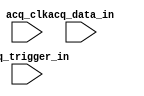
// megafunction wizard: %SignalTap II Logic Analyzer%VBB%
// GENERATION: STANDARD
// VERSION: WM1.0
// MODULE: sld_signaltap 

// ============================================================
// Megafunction Name(s):
// 			sld_signaltap
//
// Simulation Library Files(s):
// 			
// ============================================================
// ************************************************************
// THIS IS A WIZARD-GENERATED FILE. DO NOT EDIT THIS FILE!
//
// 13.1.0 Build 162 10/23/2013 SJ Full Version
// ************************************************************

//Copyright (C) 1991-2013 Altera Corporation
//Your use of Altera Corporation's design tools, logic functions 
//and other software and tools, and its AMPP partner logic 
//functions, and any output files from any of the foregoing 
//(including device programming or simulation files), and any 
//associated documentation or information are expressly subject 
//to the terms and conditions of the Altera Program License 
//Subscription Agreement, Altera MegaCore Function License 
//Agreement, or other applicable license agreement, including, 
//without limitation, that your use is for the sole purpose of 
//programming logic devices manufactured by Altera and sold by 
//Altera or its authorized distributors.  Please refer to the 
//applicable agreement for further details.

module fpga_training_stp (
	acq_clk,
	acq_data_in,
	acq_trigger_in);

	input	  acq_clk;
	input	[63:0]  acq_data_in;
	input	[63:0]  acq_trigger_in;

endmodule

// ============================================================
// CNX file retrieval info
// ============================================================
// Retrieval info: PRIVATE: DATA_WIDTH_SPIN STRING ""
// Retrieval info: PRIVATE: INTENDED_DEVICE_FAMILY STRING "Cyclone IV E"
// Retrieval info: PRIVATE: RAM_TYPE_COMBO STRING "Auto"
// Retrieval info: PRIVATE: SAMPLE_DEPTH_COMBO STRING "1 K"
// Retrieval info: PRIVATE: SLD_TRIGGER_OUT_ENABLED NUMERIC "0"
// Retrieval info: PRIVATE: TRIGGER_LEVELS_COMBO STRING "1"
// Retrieval info: PRIVATE: TRIGGER_WIDTH_SPIN STRING ""
// Retrieval info: LIBRARY: altera_mf altera_mf.altera_mf_components.all
// Retrieval info: CONSTANT: SLD_ADVANCED_TRIGGER_ENTITY STRING "basic,1,"
// Retrieval info: CONSTANT: SLD_DATA_BITS NUMERIC "64"
// Retrieval info: CONSTANT: SLD_DATA_BIT_CNTR_BITS NUMERIC "7"
// Retrieval info: CONSTANT: SLD_ENABLE_ADVANCED_TRIGGER NUMERIC "0"
// Retrieval info: CONSTANT: SLD_MEM_ADDRESS_BITS NUMERIC "10"
// Retrieval info: CONSTANT: SLD_NODE_CRC_BITS NUMERIC "32"
// Retrieval info: CONSTANT: SLD_NODE_CRC_HIWORD NUMERIC "14697"
// Retrieval info: CONSTANT: SLD_NODE_CRC_LOWORD NUMERIC "5412"
// Retrieval info: CONSTANT: SLD_NODE_INFO NUMERIC "1076736"
// Retrieval info: CONSTANT: SLD_RAM_BLOCK_TYPE STRING "AUTO"
// Retrieval info: CONSTANT: SLD_SAMPLE_DEPTH NUMERIC "1024"
// Retrieval info: CONSTANT: SLD_STORAGE_QUALIFIER_GAP_RECORD NUMERIC "0"
// Retrieval info: CONSTANT: SLD_STORAGE_QUALIFIER_MODE STRING "OFF"
// Retrieval info: CONSTANT: SLD_TRIGGER_BITS NUMERIC "64"
// Retrieval info: CONSTANT: SLD_TRIGGER_IN_ENABLED NUMERIC "0"
// Retrieval info: CONSTANT: SLD_TRIGGER_LEVEL NUMERIC "1"
// Retrieval info: CONSTANT: SLD_TRIGGER_LEVEL_PIPELINE NUMERIC "1"
// Retrieval info: USED_PORT: acq_clk 0 0 0 0 INPUT NODEFVAL "acq_clk"
// Retrieval info: USED_PORT: acq_data_in 0 0 64 0 INPUT NODEFVAL "acq_data_in[63..0]"
// Retrieval info: USED_PORT: acq_trigger_in 0 0 64 0 INPUT NODEFVAL "acq_trigger_in[63..0]"
// Retrieval info: CONNECT: @acq_clk 0 0 0 0 acq_clk 0 0 0 0
// Retrieval info: CONNECT: @acq_data_in 0 0 64 0 acq_data_in 0 0 64 0
// Retrieval info: CONNECT: @acq_trigger_in 0 0 64 0 acq_trigger_in 0 0 64 0
// Retrieval info: GEN_FILE: TYPE_NORMAL fpga_training_stp.v TRUE
// Retrieval info: GEN_FILE: TYPE_NORMAL fpga_training_stp.inc FALSE
// Retrieval info: GEN_FILE: TYPE_NORMAL fpga_training_stp.cmp FALSE
// Retrieval info: GEN_FILE: TYPE_NORMAL fpga_training_stp.bsf FALSE
// Retrieval info: GEN_FILE: TYPE_NORMAL fpga_training_stp_inst.v FALSE
// Retrieval info: GEN_FILE: TYPE_NORMAL fpga_training_stp_bb.v TRUE